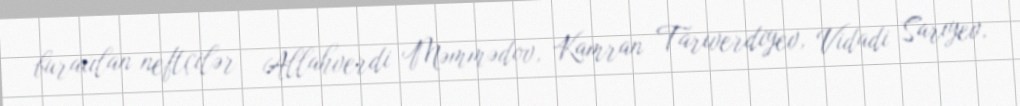
buraxılan neftçilər – Allahverdi Məmmədov, Kamran Tarıverdiyev, Vidadi Sarıyev,